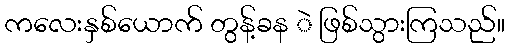
ကလေးနှစ်ယောက် တွန့်ခန ဲ ဖြစ်သွားကြသည်။